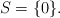
\begin{align*}S=\{0\}. \end{align*}